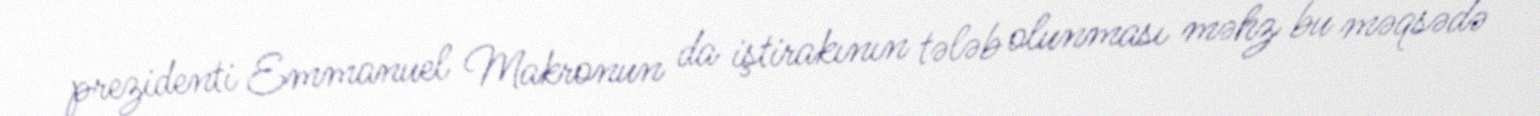
prezidenti Emmanuel Makronun da iştirakının tələb olunması məhz bu məqsədə